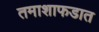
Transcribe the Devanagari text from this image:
तमाशाफडात